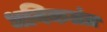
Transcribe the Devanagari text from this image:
धनिकतंत्र